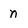
Character: n